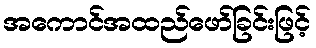
အကောင်အထည်ဖော်ခြင်းဖြင့်